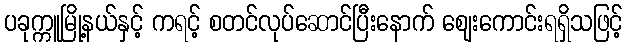
ပခုက္ကူမြို့နယ်နှင့် ကရင့် စတင်လုပ်ဆောင်ပြီးနောက် ဈေးကောင်းရရှိသဖြင့်